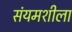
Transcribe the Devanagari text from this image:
संयमशीला